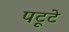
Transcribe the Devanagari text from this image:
पटूटे